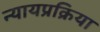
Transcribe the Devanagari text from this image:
न्यायप्रक्रिया